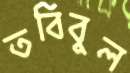
তবিবুল